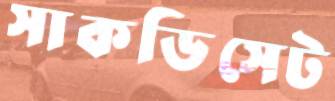
সাকডিসেট